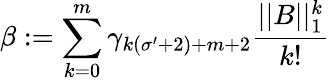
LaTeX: \beta:=\sum_{k=0}^{m}\gamma_{k(\sigma^{\prime}+2)+m+2}\frac{||B||_{1}^{k}}{k!}